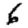
Digit: 6